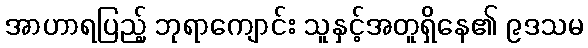
အာဟာရပြည့် ဘုရာကျောင်း သူနှင့်အတူရှိနေ၏ ၉ဒသမ